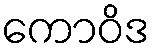
ကောဝိဒ